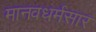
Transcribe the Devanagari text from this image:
मानवधर्मसार